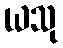
ယသု